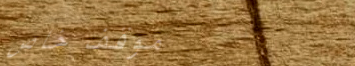
موقف خاص